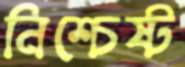
নিশ্চেষ্ট